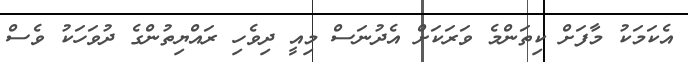
އެކަމަކު މާފަށް ކިތަންމެ ވަރަކަށް އެދުނަސް މިއީ ދިވެހި ރައްޔިތުންގެ ދުވަހަކު ވެސް